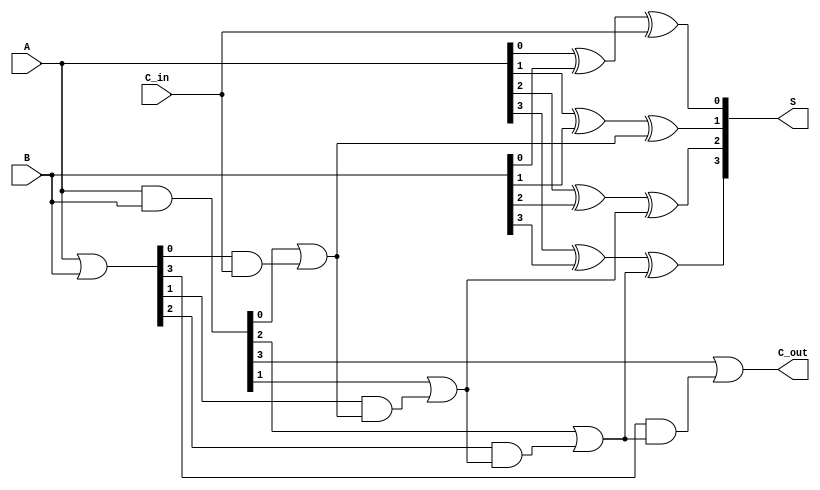
module han_carlson_adder #(parameter N = 4) (
    input  [N-1:0] A,        // First n-bit input
    input  [N-1:0] B,        // Second n-bit input
    input         C_in,      // Input carry
    output [N-1:0] S,        // n-bit sum output
    output        C_out       // Output carry
);

    wire [N-1:0] G;          // Generate signals
    wire [N-1:0] P;          // Propagate signals
    wire [N:0] carry;        // Carry signals (C_out[N] is the final carry)

    // Generate and propagate signals
    assign G = A & B;        // G[i] = A[i] & B[i]
    assign P = A | B;        // P[i] = A[i] | B[i]

    // Carry generation
    assign carry[0] = G[0] | (P[0] & C_in); // C_out[0]
    generate
        genvar i;
        for (i = 1; i < N; i = i + 1) begin : carry_generation
            assign carry[i] = G[i] | (P[i] & carry[i-1]); // C_out[i]
        end
    endgenerate
    assign C_out = carry[N-1]; // Final carry out

    // Sum calculation
    assign S[0] = A[0] ^ B[0] ^ C_in; // S[0] = A[0] XOR B[0] XOR C_in
    generate
        for (i = 1; i < N; i = i + 1) begin : sum_calculation
            assign S[i] = A[i] ^ B[i] ^ carry[i-1]; // S[i] = A[i] XOR B[i] XOR C_out[i-1]
        end
    endgenerate

endmodule